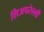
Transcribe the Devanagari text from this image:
शिअपरेल्ली